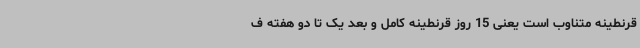
قرنطینه متناوب است یعنی 15 روز قرنطینه کامل و بعد یک تا دو هفته ف